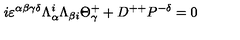
i \varepsilon ^ { \alpha \beta \gamma \delta } \Lambda _ { \alpha } ^ { i } \Lambda _ { \beta { i } } \Theta _ { \gamma } ^ { + } + D ^ { + + } P ^ { - \delta } = 0